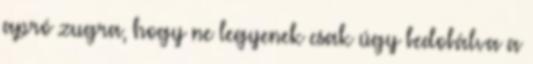
apró zugra, hogy ne legyenek csak úgy bedobálva a